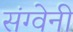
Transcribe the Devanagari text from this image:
संग्वेनी